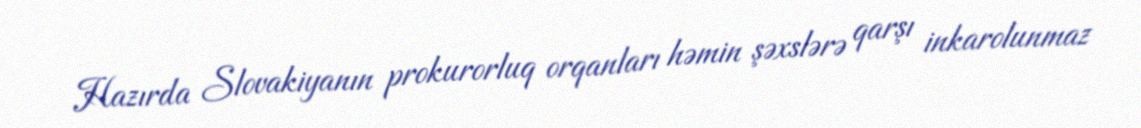
Hazırda Slovakiyanın prokurorluq orqanları həmin şəxslərə qarşı inkarolunmaz